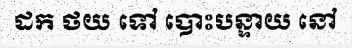
ដក ថយ ទៅ បោះបន្ទាយ នៅ